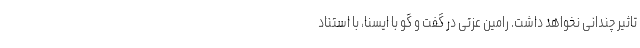
تاثیر چندانی نخواهد داشت. رامین عزتی در گفت و گو با ایسنا، با استناد